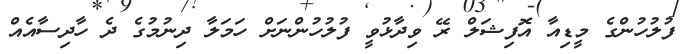
ފުލުހުންގެ މީޑިއާ އޮފިޝަލް ރޭ ވިދާޅުވީ ފުލުހުންނަށް ހަމަލާ ދިނުމުގެ ދެ ހާދިސާއެއް